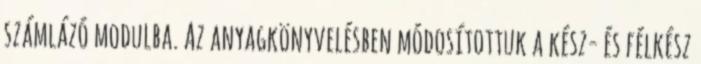
számlázó modulba. Az anyagkönyvelésben módosítottuk a kész- és félkész